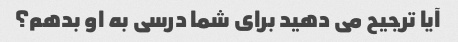
آیا ترجیح می دهید برای شما درسی به او بدهم؟